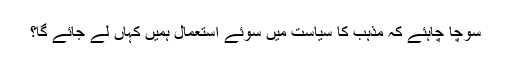
سوچا چاہئے کہ مذہب کا سیاست میں سوئے استعمال ہمیں کہاں لے جائے گا؟